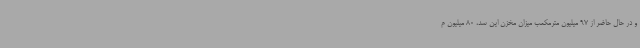
و در حال حاضر از 97 میلیون مترمکعب میزان مخزن این سد، 80 میلیون م